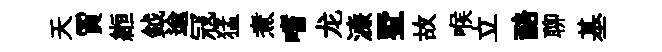
天賈縆鉞逾冦猛煮嗜龙濓墅故喉立醅聊基